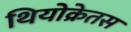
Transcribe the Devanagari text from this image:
थियोक्रेतस